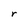
Character: r